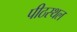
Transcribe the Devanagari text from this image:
पीठस्थल